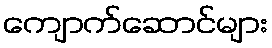
ကျောက်ဆောင်များ